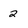
Character: 2